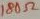
Text: 180Ω